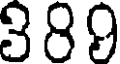
389